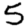
Digit: 5